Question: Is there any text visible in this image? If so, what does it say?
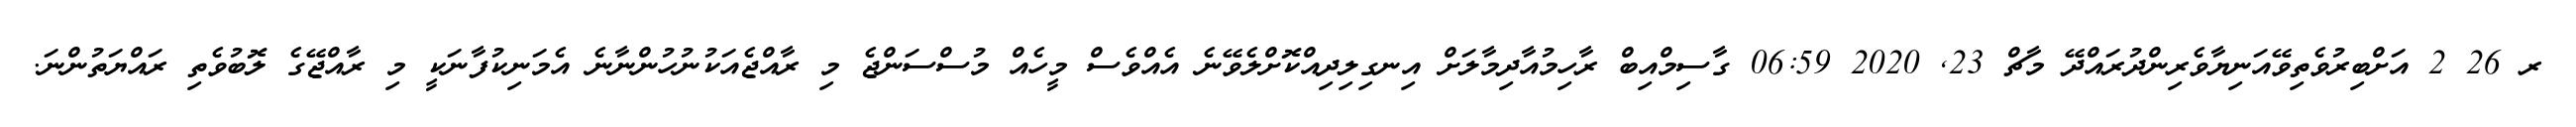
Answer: ރ 26 2 އަށްބިރުވެތިވޭއަނިޔާވެރިންދުރައްދޭ މާޗް 23, 2020 06:59 ގާސިމްއިބް ރާހިމުއާދިމާލަށް އިނގިލިދިއްކޮށްލެވޭނެ އެއްވެސް މީހެއް މުސްސަންޖެ މި ރާއްޖެއަކުނުހުންނާނެ އެމަނިކުފާނަކީ މި ރާއްޖޭގެ ލޮބުވެތި ރައްޔަތުންނަ.